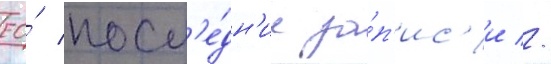
ео́ посл'е́дн'ие за́п'ис'и //